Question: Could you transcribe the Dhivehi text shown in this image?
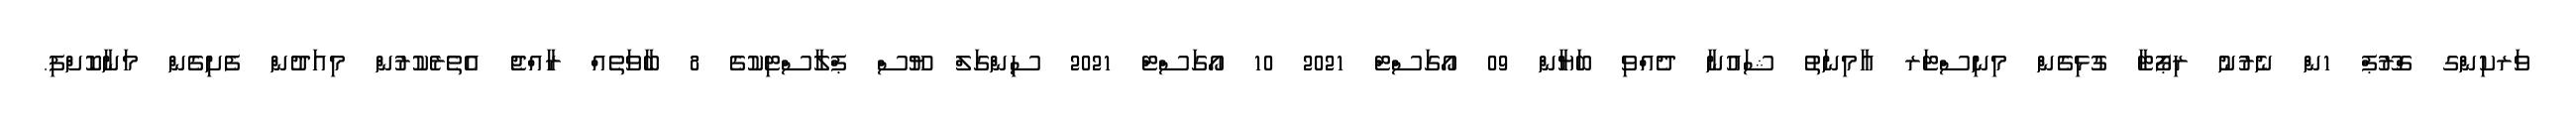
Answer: ވަރކިންގ ގްރޫޕް 1ން ނެރުނު ރިޕޯޓާ ގުޅިގެން މިނިސްޓަރ އާމިނަތު ޝައުނާ ދެއްވި ބަޔާން 09 އޯގަސްޓް 2021 10 އޯގަސްޓް 2021 ސިންގަލް ޔޫސް ޕްލާސްޓިކުގެ 8 ބާވަތެއް ރާއްޖެ އެތެރެކުރުން މިއަދުން ފެށިގެން މަނާކޮށްފި.